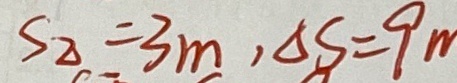
S _ { \Delta } = 3 m , \Delta s = 9 m